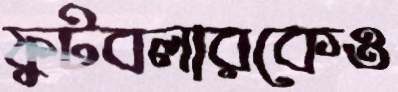
ফুটবলারকেও